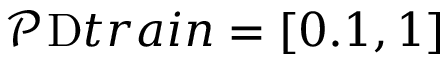
\mathcal P _ { Ḋ } \mathrm { Ḋ } t r a i n Ḍ Ḍ = [ 0 . 1 , 1 ]